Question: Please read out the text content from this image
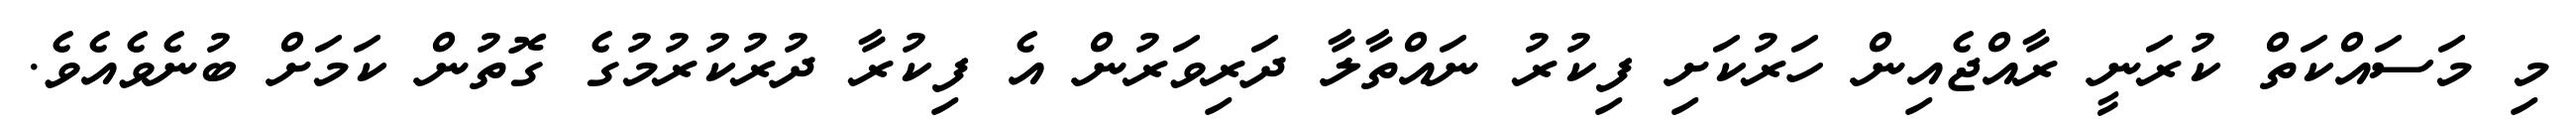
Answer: މި މަސައްކަތް ކުރަނީ ރާއްޖެއިން ހަރުކަށި ފިކުރު ނައްތާލާ ދަރިވަރުން އެ ފިކުރާ ދުރުކުރުމުގެ ގޮތުން ކަމަށް ބުނެވެއެވެ.